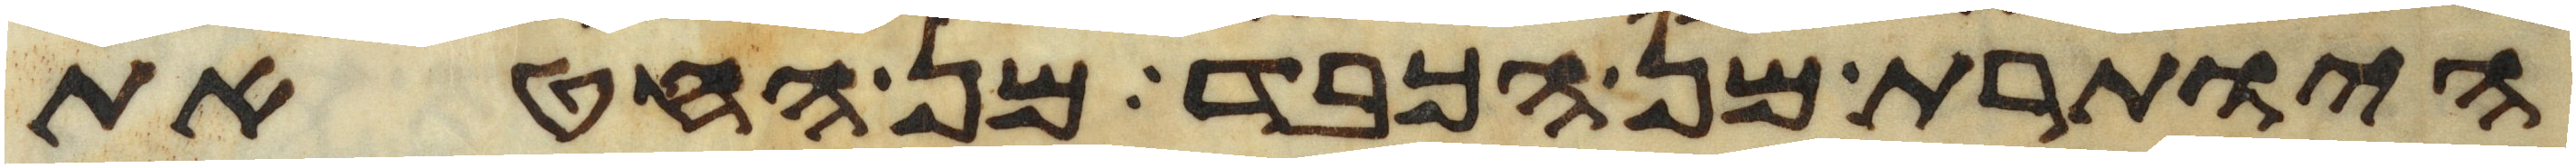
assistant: היותרת מן הכבד מן החטאת